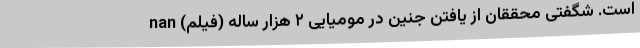
است. شگفتی محققان از یافتن جنین در مومیایی ۲ هزار ساله (فیلم) nan